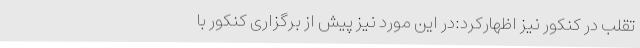
تقلب در کنکور نیز اظهارکرد:‌در این مورد نیز پیش از برگزاری کنکور با